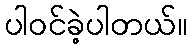
ပါ၀င်ခဲ့ပါတယ်။